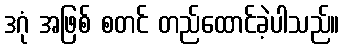
ဒဂုံ အဖြစ် စတင် တည်ထောင်ခဲ့ပါသည်။